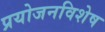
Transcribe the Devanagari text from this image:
प्रयोजनविशेष